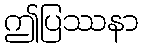
ဤပြဿနာ